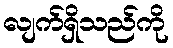
လျက်ရှိသည်ကို